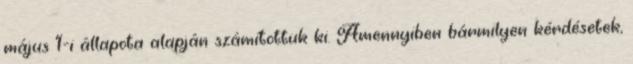
május 1-i állapota alapján számítottuk ki. Amennyiben bármilyen kérdésetek,